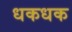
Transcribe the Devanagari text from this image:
धकधक